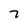
Character: 7